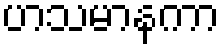
ဟသမာနကာ